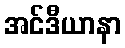
အင်ဒီယာနာ